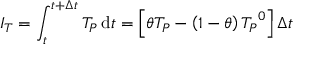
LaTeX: I _ { T } = \int _ { t } ^ { t + \Delta t } T _ { P } \, \mathrm { d } t = \left[ \theta T _ { P } - \left( 1 - \theta \right) { T _ { P } } ^ { 0 } \right] \Delta t